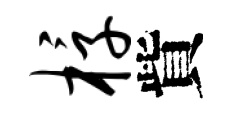
椁貲